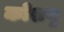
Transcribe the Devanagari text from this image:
कोशणु